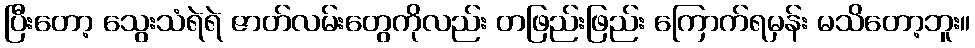
ပြီးတော့ သွေးသံရဲရဲ ဇာတ်လမ်းတွေကိုလည်း တဖြည်းဖြည်း ကြောက်ရမှန်း မသိတော့ဘူး။